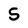
Character: 5